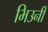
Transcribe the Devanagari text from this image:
भिउनी